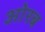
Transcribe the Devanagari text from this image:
ओरब